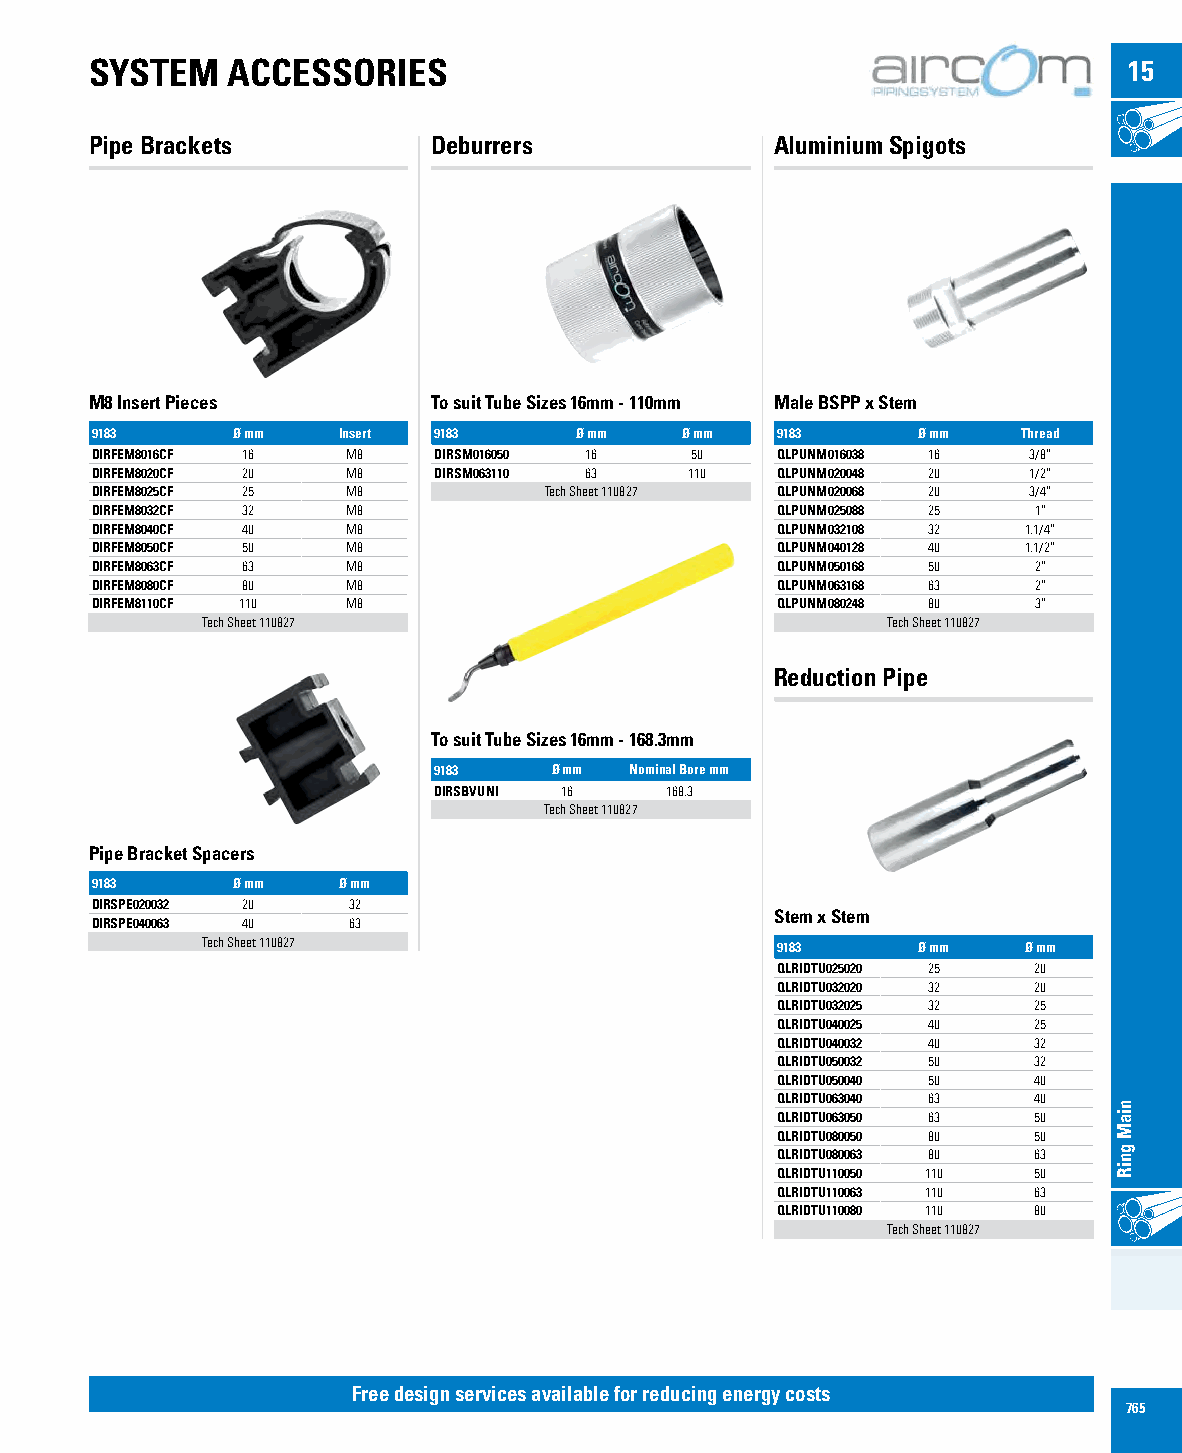
SYSTEM   ACCESSORIES                                                 15
 Pipe Brackets          Deburrers             Aluminium Spigots
 M8 Insert Pieces       To suit Tube Sizes 16mm - 110mm Male BSPP x Stem
 9183     Ø mm   Insert 9183     Ø mm   Ø mm  9183      Ø mm   Thread
 DIRFEM8016CF 16  M8    DIRSM016050 16   50   QLPUNM016038 16  3/8”
 DIRFEM8020CF 20  M8    DIRSM063110 63   110  QLPUNM020048 20  1/2”
 DIRFEM8025CF 25  M8           Tech Sheet 110827 QLPUNM020068 20 3/4”
 DIRFEM8032CF 32  M8                          QLPUNM025088 25  1”
 DIRFEM8040CF 40  M8                          QLPUNM032108 32  1.1/4”
 DIRFEM8050CF 50  M8                          QLPUNM040128 40  1.1/2”
 DIRFEM8063CF 63  M8                          QLPUNM050168 50  2”
 DIRFEM8080CF 80  M8                          QLPUNM063168 63  2”
 DIRFEM8110CF 110 M8                          QLPUNM080248 80  3”
 Tech Sheet 110827                             Tech Sheet 110827
 Reduction Pipe
 To suit Tube Sizes 16mm - 168.3mm
 9183    Ø mm Nominal Bore mm
 DIRSBVUNI 16   168.3
 Tech Sheet 110827
 Pipe Bracket Spacers
 9183     Ø mm   Ø mm
 DIRSPE020032 20  32
 Stem x Stem
 DIRSPE040063 40  63
 Tech Sheet 110827                     9183      Ø mm   Ø mm
 QLRIDTU025020 25 20
 QLRIDTU032020 32 20
 QLRIDTU032025 32 25
 QLRIDTU040025 40 25
 QLRIDTU040032 40 32
 QLRIDTU050032 50 32
 QLRIDTU050040 50 40
 QLRIDTU063040 63 40
 QLRIDTU063050 63 50
 QLRIDTU080050 80 50
 QLRIDTU080063 80 63
 QLRIDTU110050 110 50
 QLRIDTU110063 110 63
 QLRIDTU110080 110 80
 Tech Sheet 110827
 Free design services available for reducing energy costs
 765
 niaM
 gniR